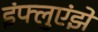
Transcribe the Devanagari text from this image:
इंफ्लुएंझे